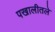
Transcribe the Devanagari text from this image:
पखालीतले